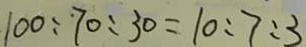
1 0 0 : 7 0 : 3 0 = 1 0 : 7 : 3